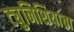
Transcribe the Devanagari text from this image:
ट्युनिशियाचा